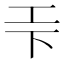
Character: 𭘃